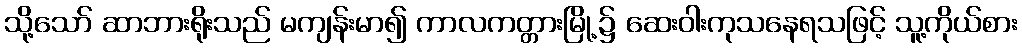
သို့သော် ဆာဘားရိုးသည် မကျန်းမာ၍ ကာလကတ္တားမြို့၌ ဆေးဝါးကုသနေရသဖြင့် သူ့ကိုယ်စား